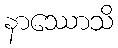
နာဿောသိ